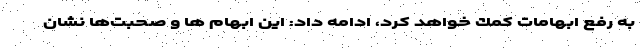
به رفع ابهامات كمك خواهد كرد، ادامه داد: اين ابهام ها و صحبت‌ها نشان